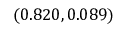
( 0 . 8 2 0 , 0 . 0 8 9 )